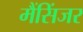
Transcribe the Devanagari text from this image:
मैंसिंजर